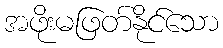
အဖိုးမဖြတ်နိုင်သော